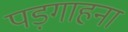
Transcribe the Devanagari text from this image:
पड़गाहना